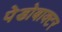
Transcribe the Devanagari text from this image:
पेडोबाक्टर